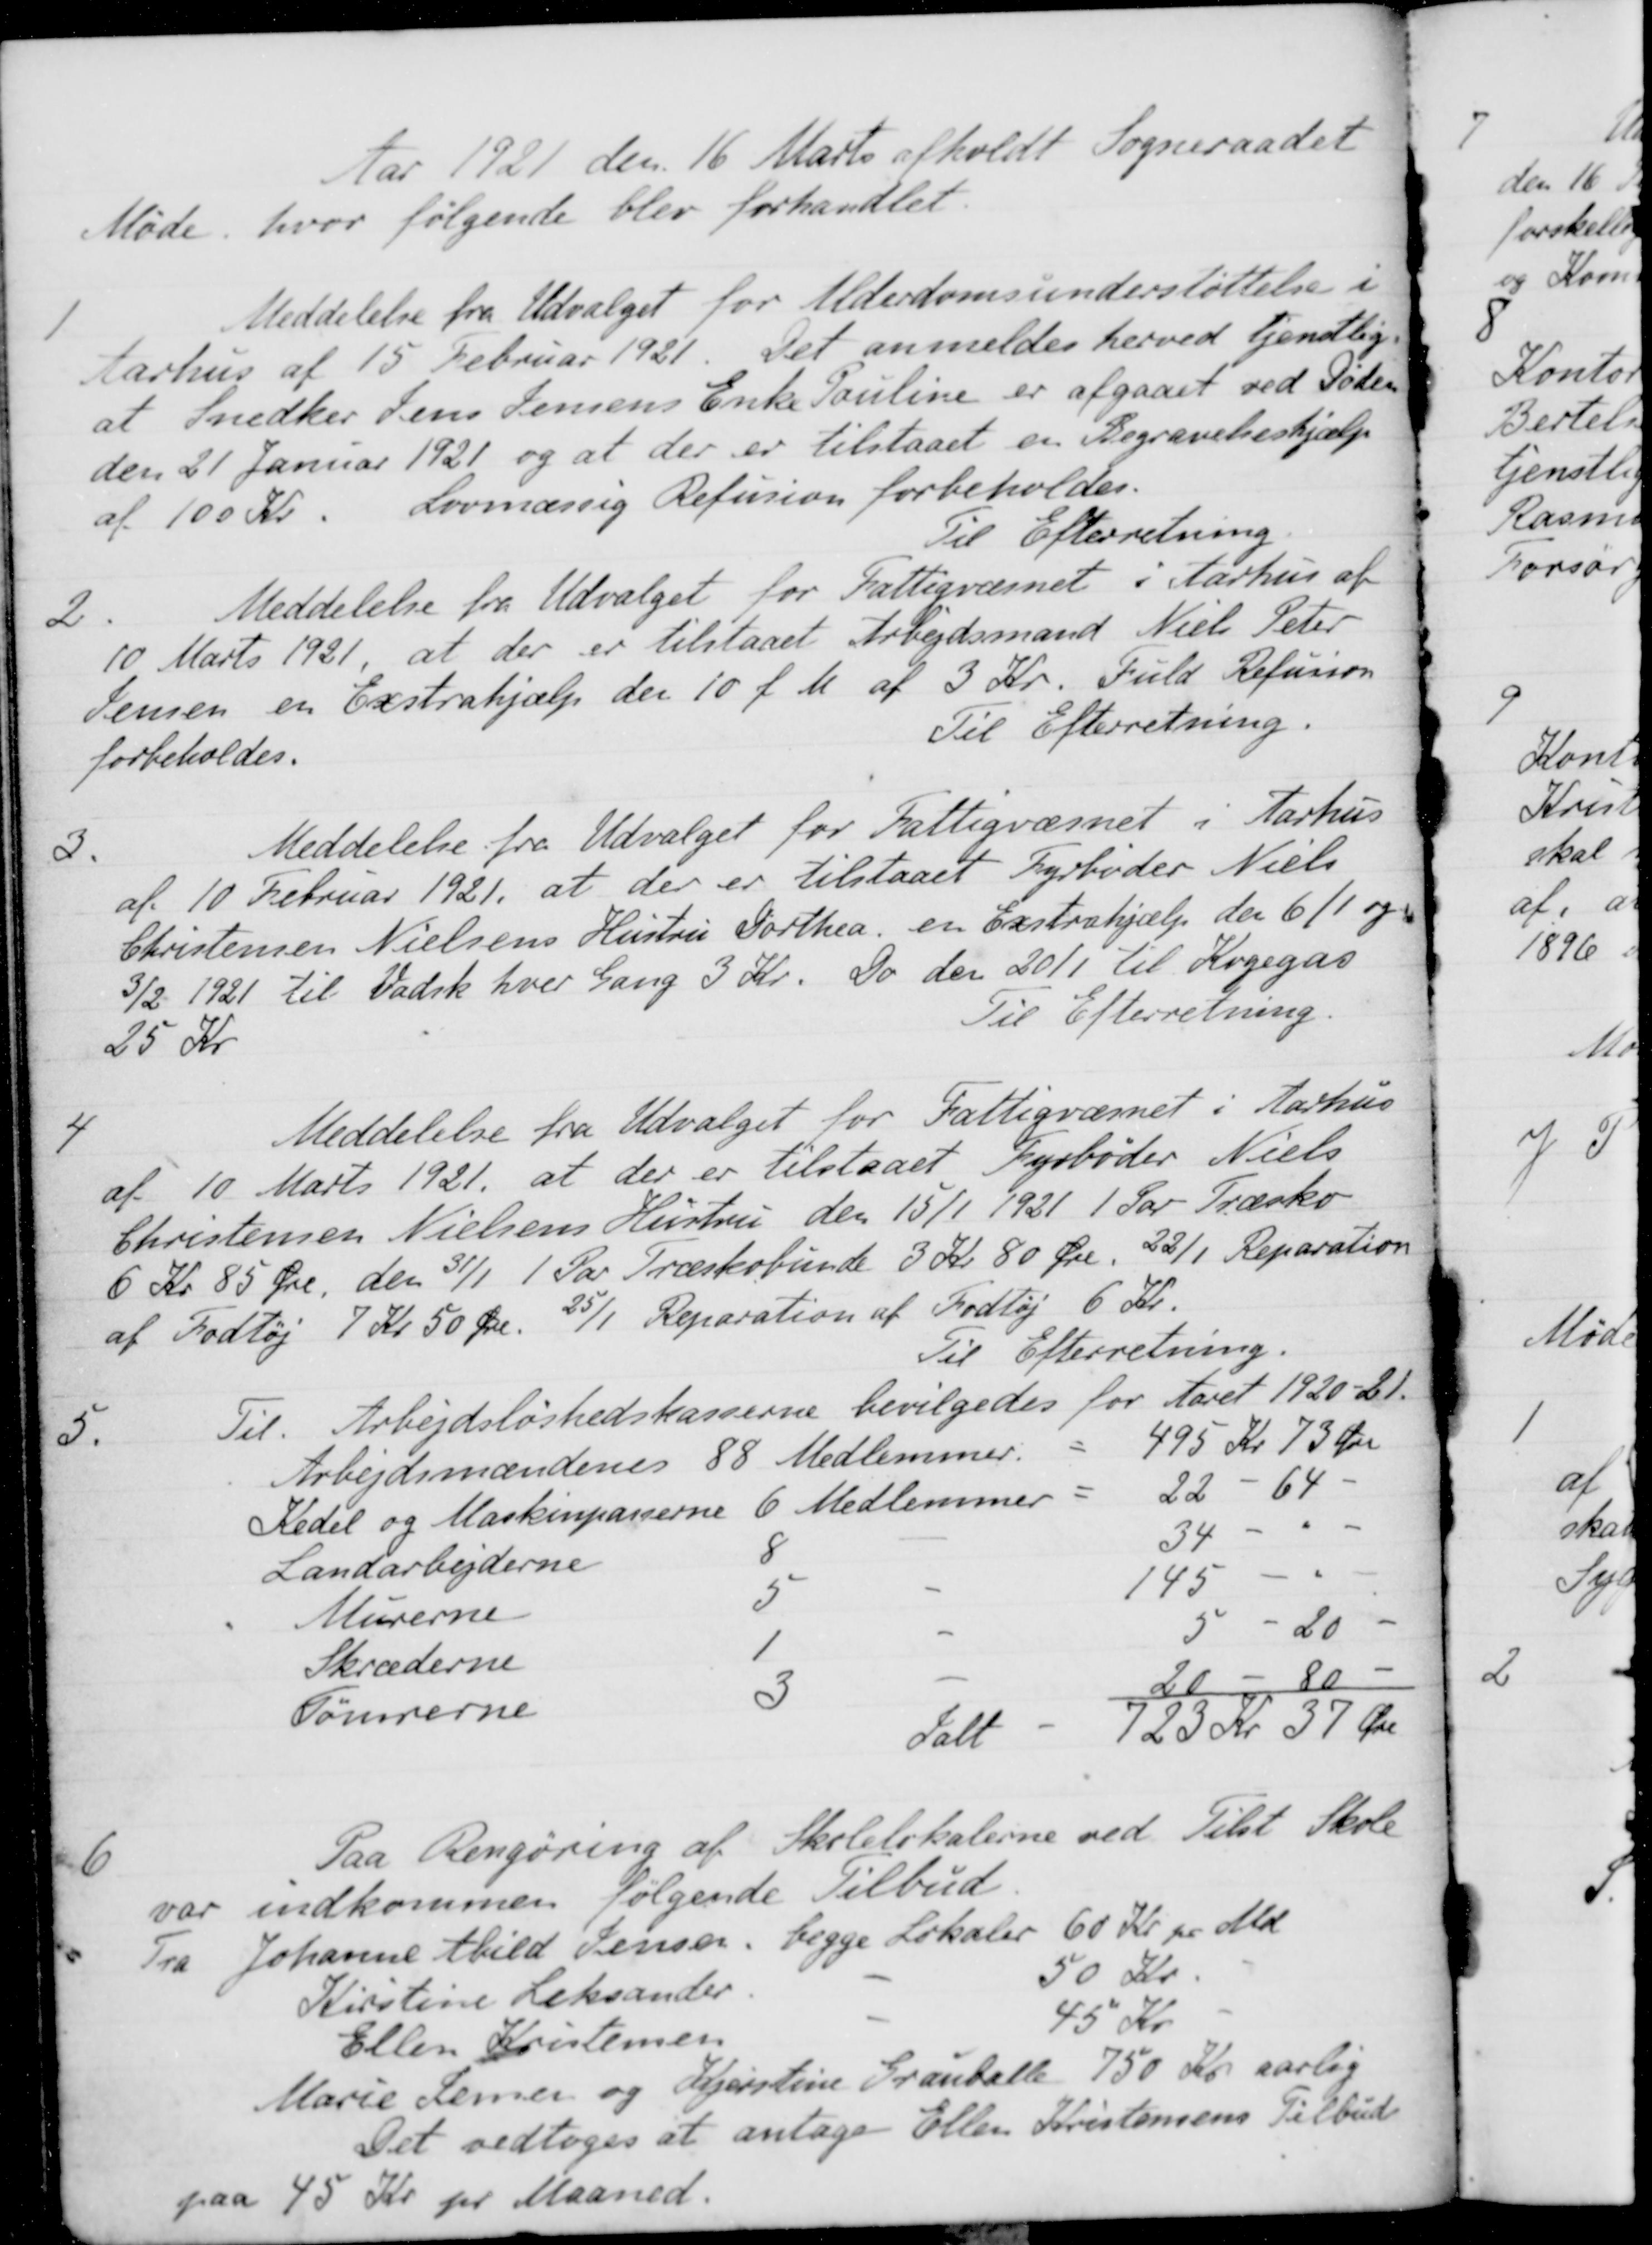
Transskription:
Aar 1921 den 16 Marts afholdt Sogneraadet
Møde, hvor følgende blev forhandlet.
1
Meddelelse fra Udvalget for Alderdomsunderstøttelse i
Aarhus af 15 Februar 1921. Det anmeldes herved tjenstlig.
at Snedker Jens Jensens Enke Pouline er afgaaet ved Dødem
den 21 Januar 1921 og at der er tilstaaet en Begravelseshjælp
af 100 Kr. Lovmæssig Refusion forbeholdes.
Til Efterretning
2.
Meddelelse fra Udvalget for Fattigvæsnet i Aarhus af
10 Marts 1921, at der er tilstaaet Arbejdsmand Niels Peter
Jensen en Exstrahjælp den 10 f. M. af 3 Kr. Fuld Refusion
forbeholdes.
Til Efterretning
3.
Meddelelse fra Udvalget for Fattigvæsnet i Aarhus
af 10 Februar 1921, at der er tilstaaet Fyrbøder Niels
Christensen Nielsens Hustru Dorthea, en Exstrahjælp den 6/1 og
3/2 1921 til Vadsk hver Gang 3 Kr. Do den 20/1 til Kogegas
25 Kr.
Til Efterretning.
4
Meddelelse fra Udvalget for Fattigvæsnet i Aarhus
af 10 Marts 1921, at der er tilstaaet Fyrbøder Niels
Christensen Nielsens Hustru den 15/1 1921 1 Par Træsko
6 Kr 85 Øre den 31/1 1 Par Træskobunde 3 Kr. 80 Øre. 22/1 Reparation
af Fodtøj 7 Kr 50 Øre. 25/1 Reparation af Fodtøj 6 Kr.
Til Efterretning.
5.
Til. Arbejdsløshedskasserne bevilgedes for Aaret 1920-21.
Arbejdsmændenes 88 Medlemmer
495 Kr 73 Øre
Redel og Maskinpasserne 6 Medlemmer
22 - 64-
Landarbejderne
8
34
Murerne
5
145
Skræderne
1
5- 20-
Tømrerne
3
20- 80-
Ialt
723 Kr 37 Øre
6
Paa Rengøring af Skolelokalerne ved Tilst Skole
var indkommen følgende Tilbud.
Fra Johanne Abild Jensen, begge Lokaler 60 Kr. pr. Md.
Kirstine Leksander
50 Kr.
Ellen Kristensen
45 Kr
Marie Semer og Kjerstine Grauballe 750 Kr. aarlig
Det vedtoges at antage Ellen Kristensens Tilbud
paa 45 Kr pr Maaned.